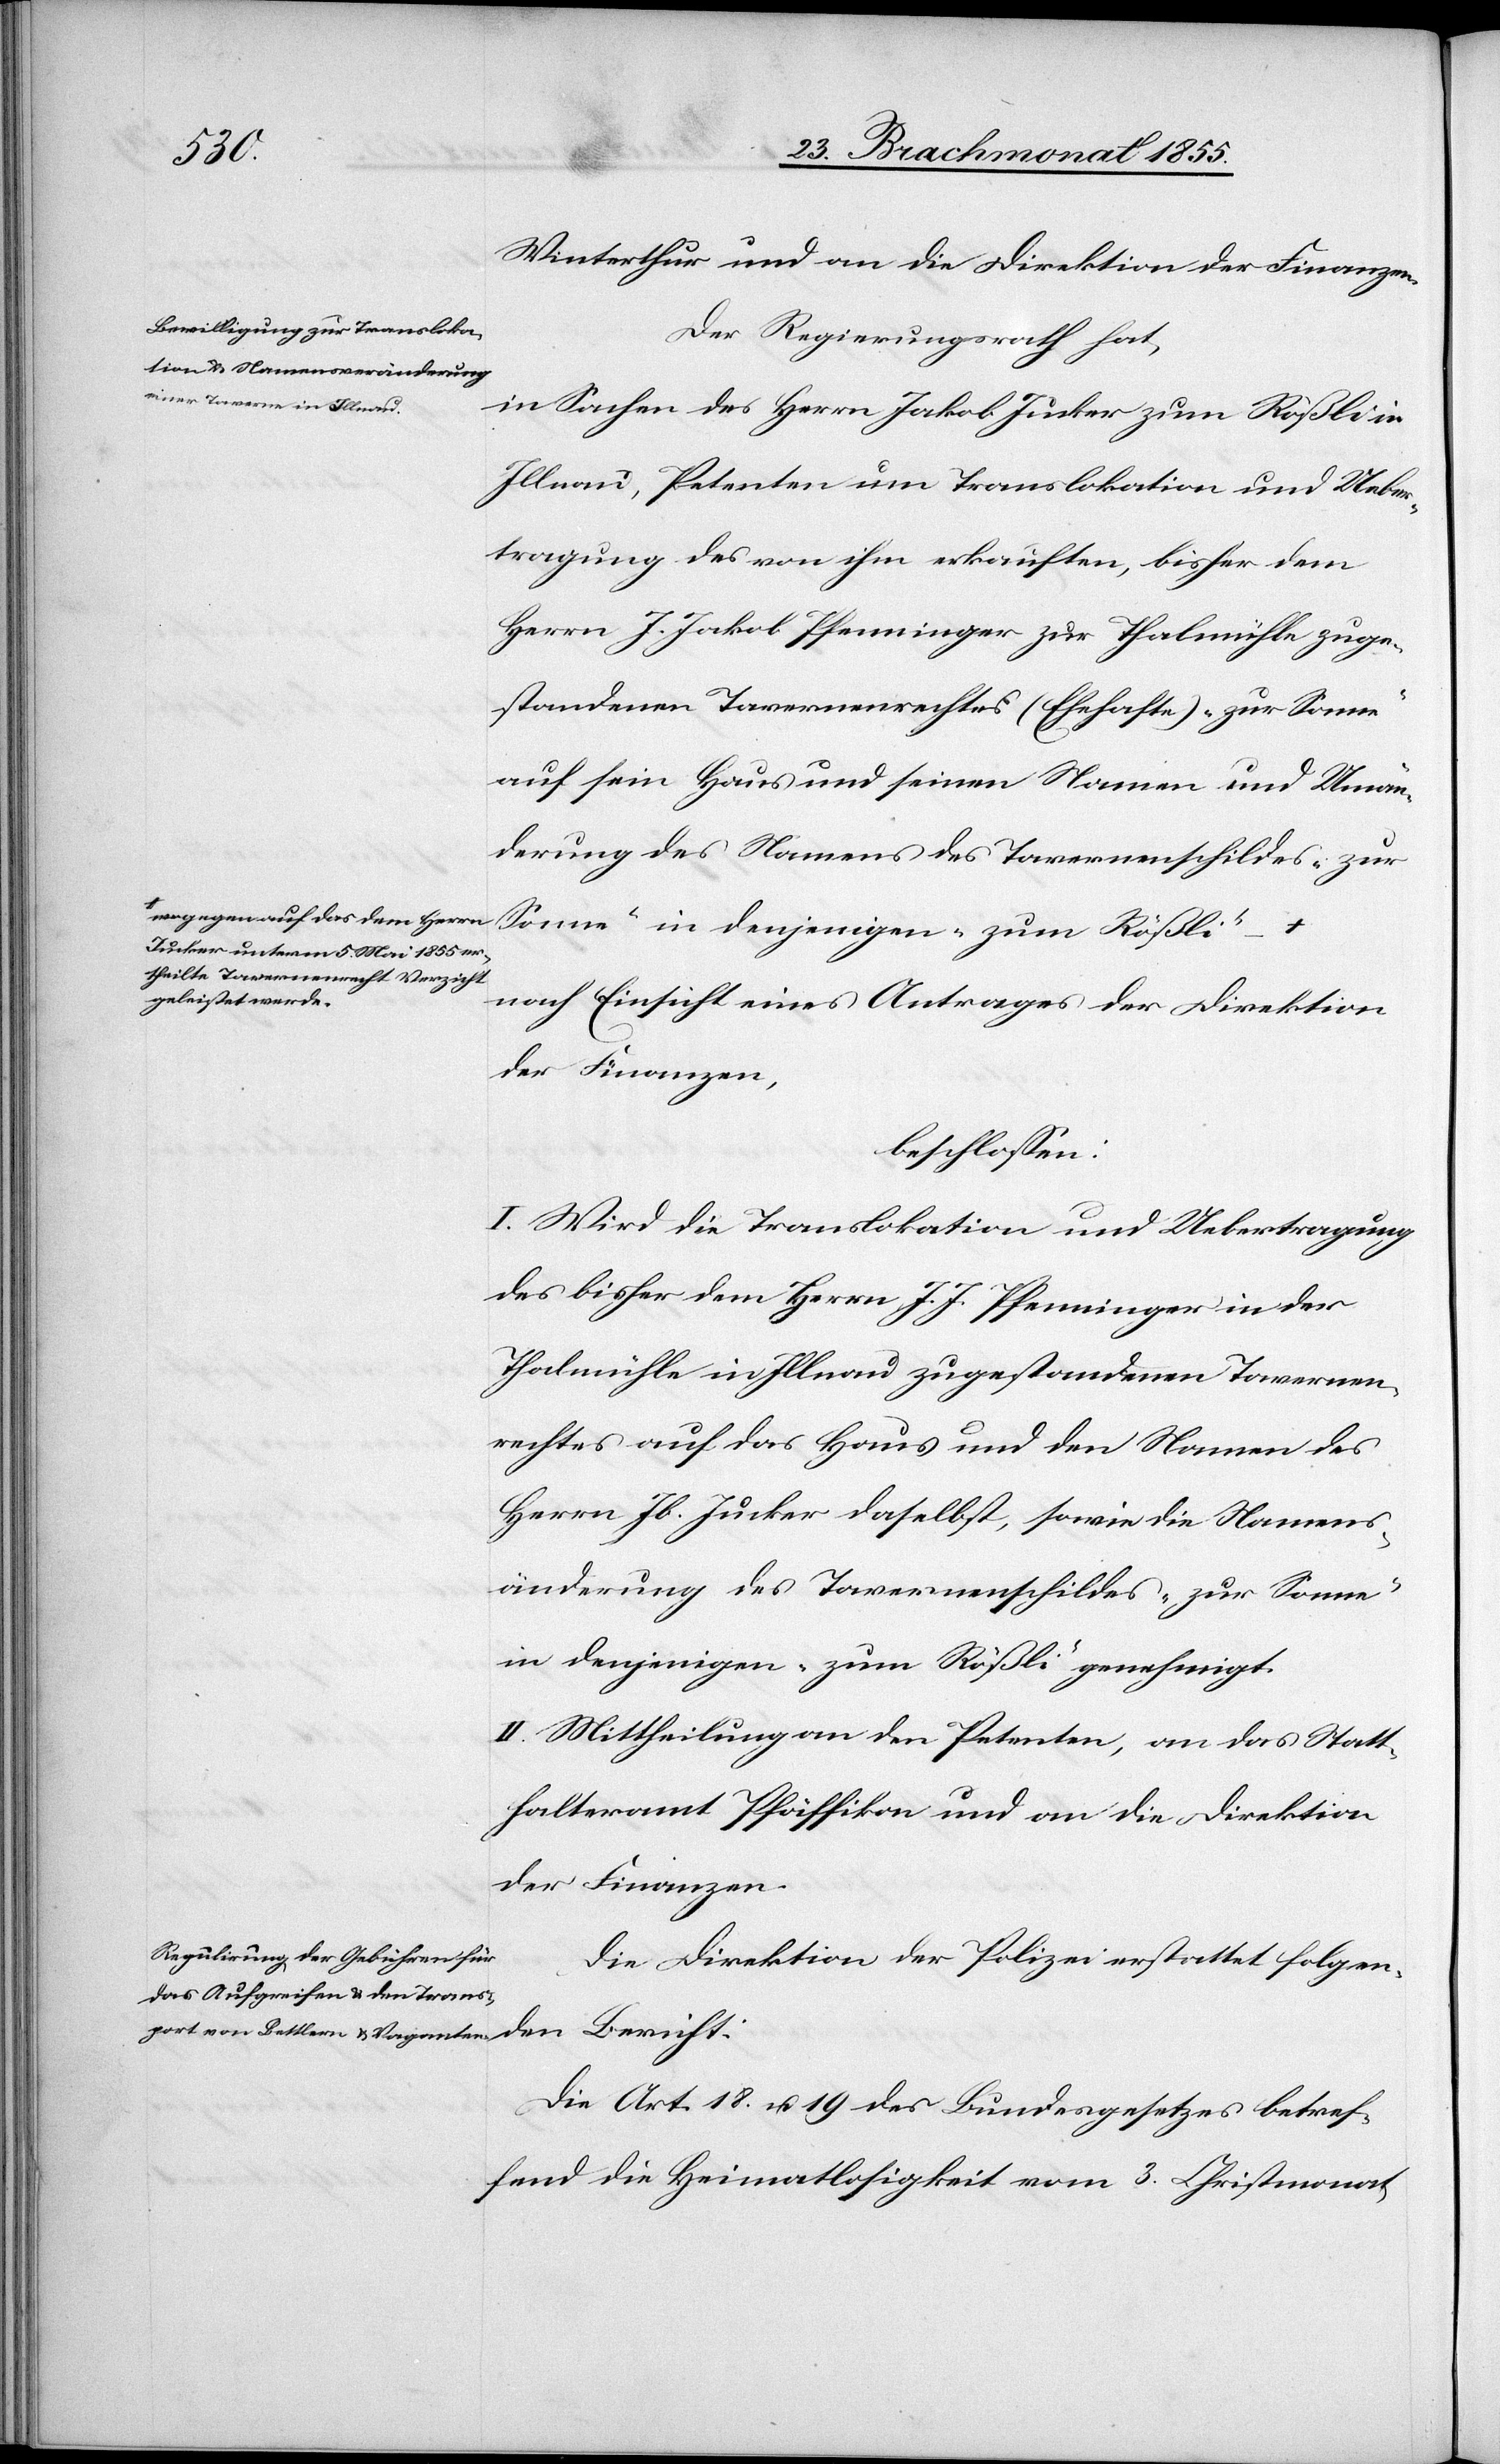
den
Winterthur und an die Direktion der Finanzen.
Der Regierungsrath hat,
in Sachen des Herrn Jakob Jucker zum Rößli in
Illnau, Petenten um Translokation und Ueber¬
tragung des von ihm erkauften, bisher dem
Herrn J. Jakob Pfenninger zur Thalmühle zuge¬
standenen Tavernenrechtes (Ehehafte) „zur Sonne“
auf sein Haus und seinen Namen und Umän¬
derung des Namens des Tavernenschildes „zur
a-wogegen auf das dem Herrn
Sonne“ in denjenigen „zum Rößi“
Jucker unterm 5. Mai 1855 er¬
theilte Tavernenrecht Verzich¬
t geleistet werde.-a
nach Einsicht eines Antrages der Direktion
der Finanzen,
beschlossen:
I. Wird die Translokation und Uebertragung
des bisher dem Herrn J. J. Pfenninger in der
Thalmühle in Illnau zugestandenen Tavernen¬
rechtes auf das Haus und den Namen des
Herrn Jb. Jucker daselbst, sowie die Namens¬
änderung des Tavernenschildes „zur Sonne“
in denjenigen „zum Rößli“ genehmigt.
II. Mittheilung an den Petenten, an das Statt¬
halteramt Pfäffikon und an die Direktion
der Finanzen.
Die Direktion der Polizei erstattet folgen¬
Die Art. 18. u. 19 des Bundesgesetzes betref¬
fend die Heimatlosigkeit vom 3. Christmonat